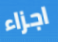
اجزاء